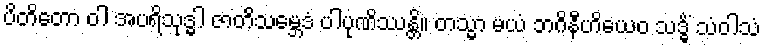
ပိတိတော ဝါ အပရိသုဒ္ဓါ ဇာတိသမ္ဘေဒံ ပါပုဏိဿန္တိ။ တသ္မာ မယံ ဘဂိနီဟိယေဝ သဒ္ဓိံ သံဝါသံ